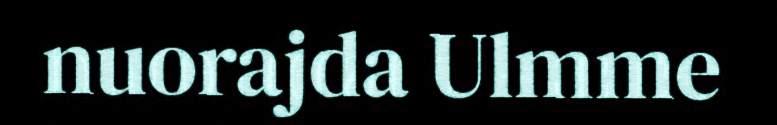
nuorajda Ulmme